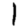
Digit: 1